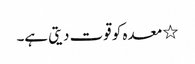
٭ معدہ کو قوت دیتی ہے۔